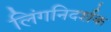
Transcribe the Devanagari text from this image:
लिंगनिदर्शक